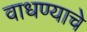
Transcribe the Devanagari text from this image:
वाधण्याचे